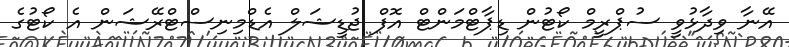
އޭނާ ވިދާޅުވީ ސުޕްރީމް ކޯޓުން ޑިޕާޓްމަންޓް އޮފް ޖުޑީޝަލް އެޑްމިނިސްޓްރޭޝަން އެ ކޯޓުގެ